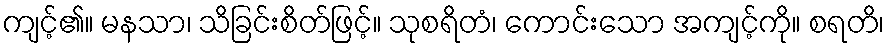
ကျင့်၏။ မနသာ၊ သိခြင်းစိတ်ဖြင့်။ သုစရိတံ၊ ကောင်းသော အကျင့်ကို။ စရတိ၊